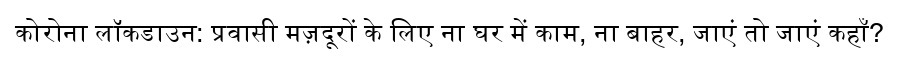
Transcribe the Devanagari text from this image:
कोरोना लॉकडाउन: प्रवासी मज़दूरों के लिए ना घर में काम, ना बाहर, जाएं तो जाएं कहाँ?